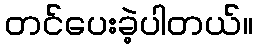
တင်ပေးခဲ့ပါတယ်။